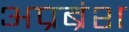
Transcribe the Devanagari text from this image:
अप्रब्रंश